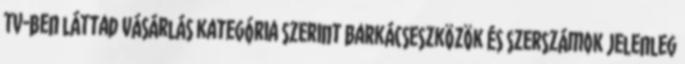
TV-ben láttad Vásárlás kategória szerint Barkácseszközök és szerszámok Jelenleg